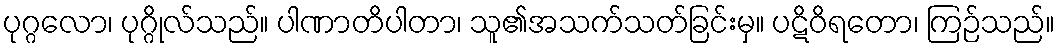
ပုဂ္ဂလော၊ ပုဂ္ဂိုလ်သည်။ ပါဏာတိပါတာ၊ သူ၏အသက်သတ်ခြင်းမှ။ ပဋိဝိရတော၊ ကြဉ်သည်။